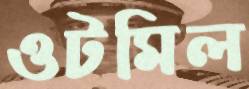
ওটমিল